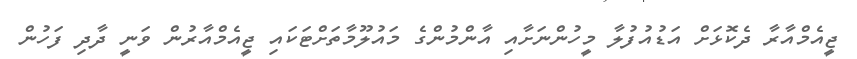
ޖީއެމްއާރާ ދެކޮޅަށް އަޑުއުފުލާ މީހުންނަށާއި އާންމުންގެ މައުލޫމާތަށްޓަކައި ޖީއެމްއާރުން ވަނީ ދާދި ފަހުން